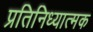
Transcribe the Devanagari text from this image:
प्रतिनिध्यात्मक